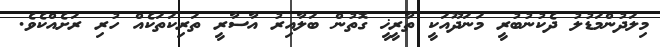
މިލަދުންމަޑުލު ދެކުނުބުރީ މަނަދޫއަކީ ތާރީޚީ ގޮތުން ބަލާއިރު އާސާރީ ތަރިކަތަކެއް ހުރި ރަށެއްކެވެ.